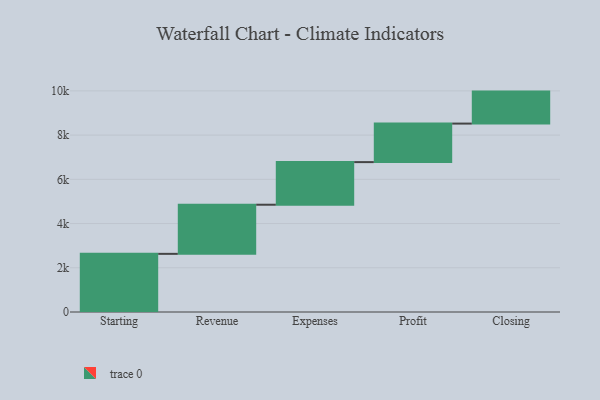
{"axis": {"x": "Step", "y": "Value"}, "legend": [""], "data": [{"x": "Starting", "y": 2630.0, "type": ""}, {"x": "Revenue", "y": 2222.0, "type": ""}, {"x": "Expenses", "y": 1927.0, "type": ""}, {"x": "Profit", "y": 1742.0, "type": ""}, {"x": "Closing", "y": 1447.0, "type": ""}]}